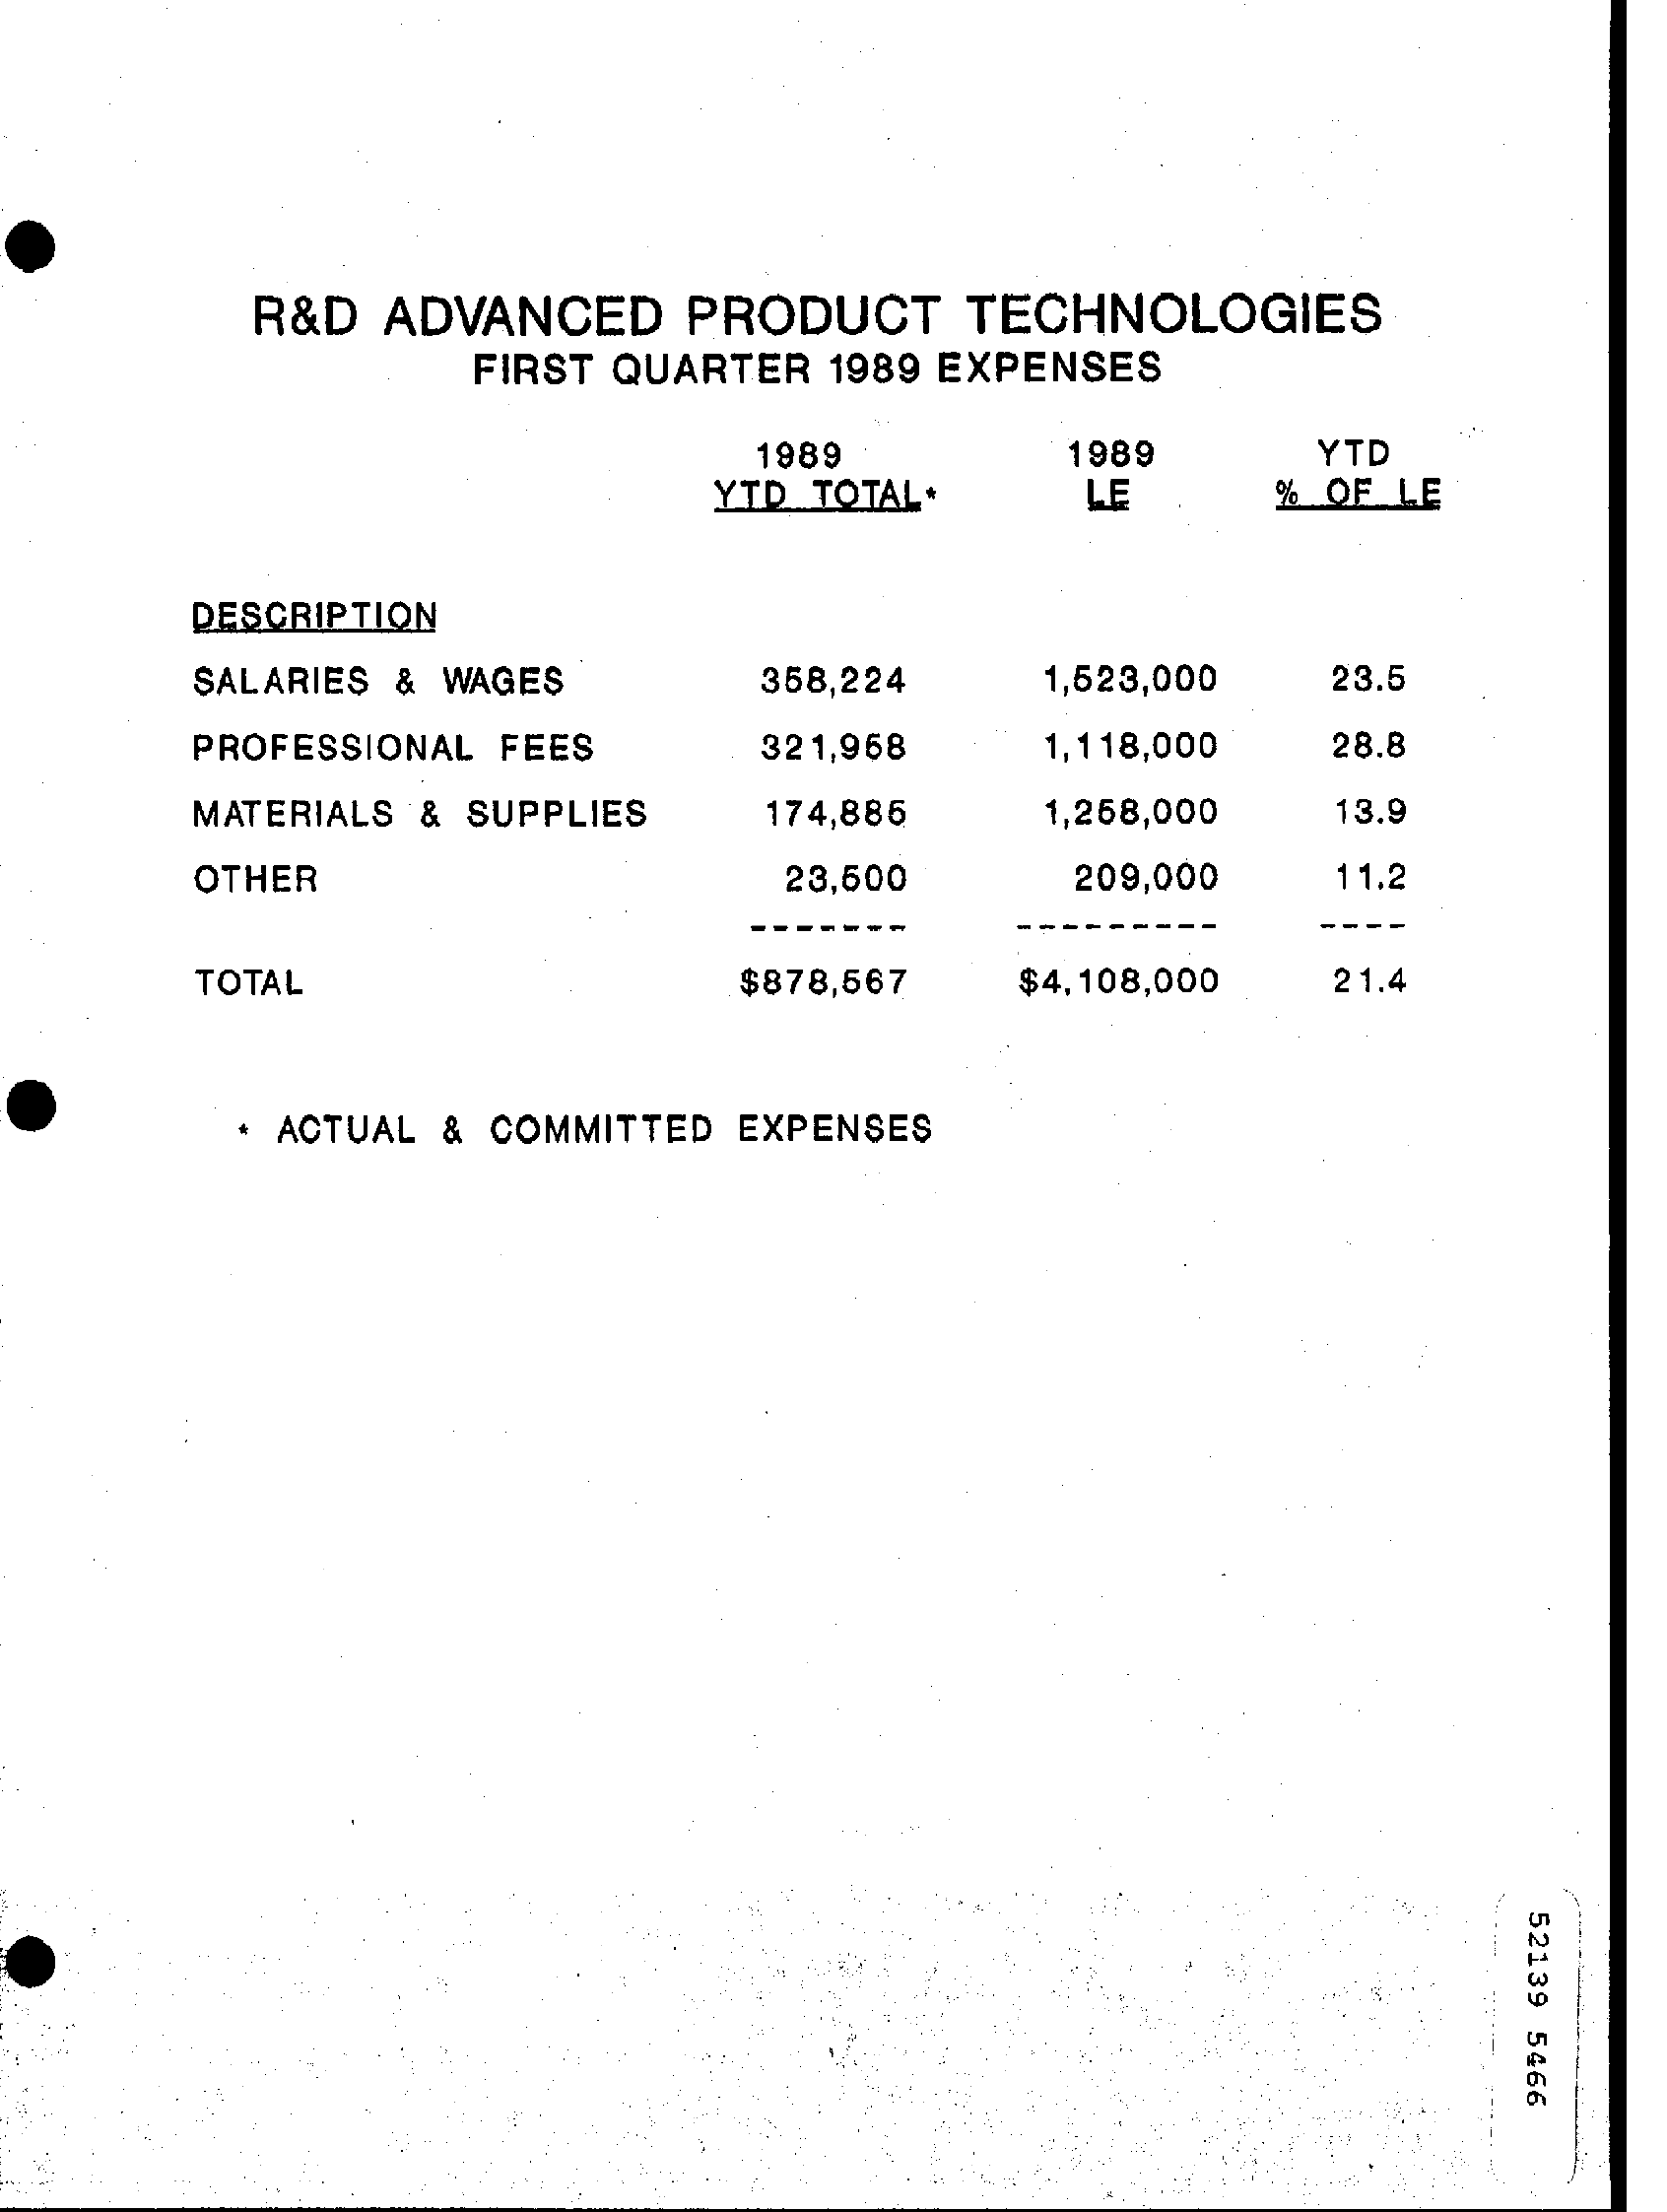
R&D ADVANCED  PRODUCT  TECHNOLOGIES
     FIRST QUARTER 1989 EXPENSES
     1989    1989    YTD
     YTD TOTAL* LE    % OF LE
     DESCRIPTION
     SALARIES & WAGES  358,224  1,523,000 23.5
     PROFESSIONAL FEES 321,968  1,118,000 28.8
     MATERIALS & SUPPLIES 174,885 1,268,000 13.9
     OTHER    23,600   209,000 11.2
     TOTAL    $878,567 $4.108,000 21.4
     ACTUAL & COMMITTED EXPENSES
     52139
     5466